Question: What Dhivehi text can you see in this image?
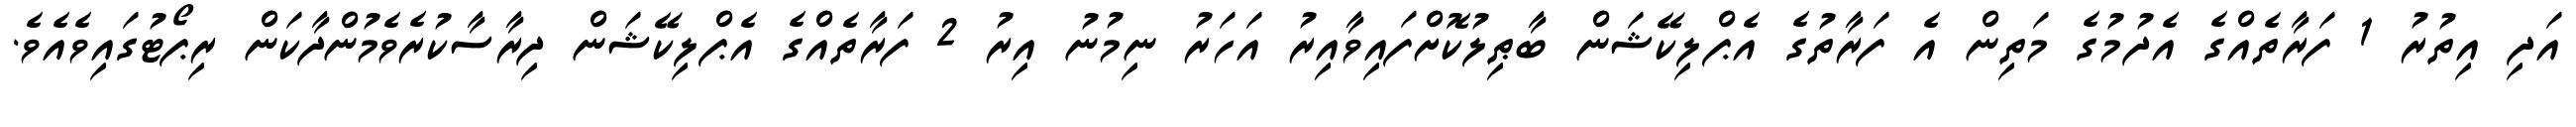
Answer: އަދި އިތުރު 1 ފަރާތެއްގެ އެދުމުގެ މަތިން އެ ފަރާތުގެ އެޕްލިކޭޝަން ބާޠިލުކޮށްފައިވާއިރު އަހަރު ނިމުނު އިރު 2 ފަރާތެއްގެ އެޕްލިކޭޝަން ދިރާސާކުރެވެމުންދާކަން ރިޕޯޓުގައިވެއެވެ.